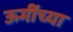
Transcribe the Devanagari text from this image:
ऊमींच्या